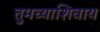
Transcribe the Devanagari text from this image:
तुमच्याशिवाय